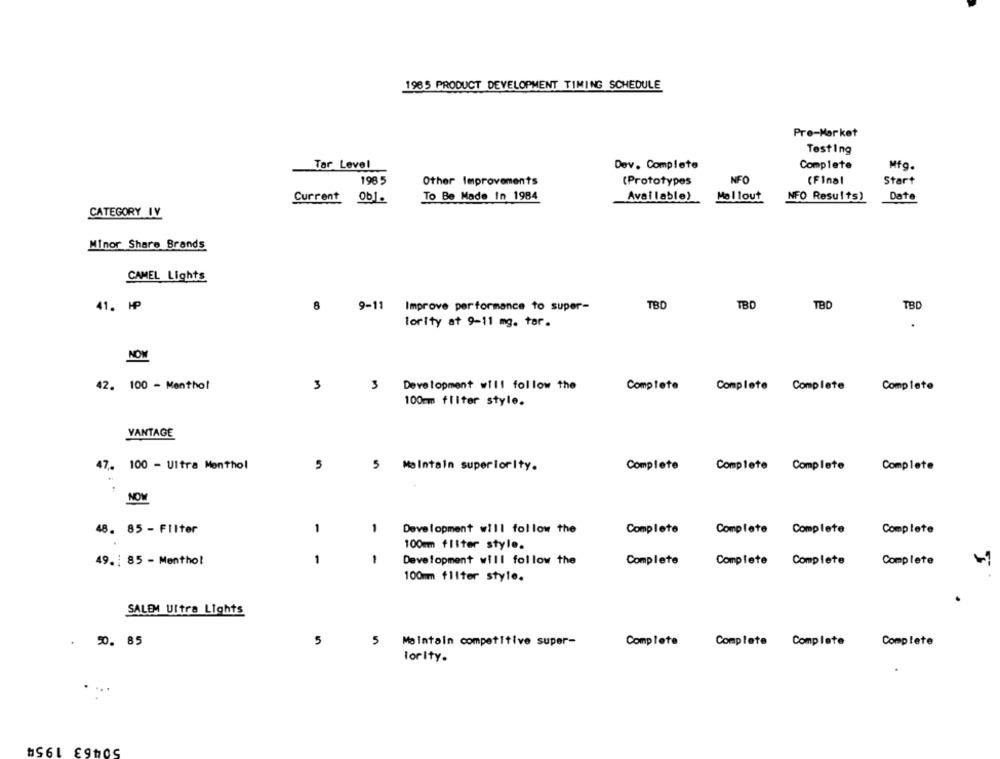
1985 PRODUCT DEVELOPMENT TIMING SCHEDULE
Pre-Market
Testing
Tar Level
Dev. Complete
Complete
Mfg.
198 5
Other Improvements
(Prototypes
NFO
(Final
Start
To Be Made In 1984
Available)
Mallout
NFO Results)
Date
Current Ob1.
CATEGORY IV
Minor Share Brands
CAMEL Lights
TBD
41. HP
8
9-11 Improve performance to super-
TBD
TBD
TBD
lority at 9-11 mg. tar.
NOW
42. 100 - Menthol
3
3
Development will follow the
Complete
Complete Complete
Complete
100mm fliter style.
VANTAGE
47. 100 - Ultra Menthol
5
Maintain superiority.
Complete
Complete Complete
Complete
NOW
48. 85 - Filter
1
-
Development will follow the
Complete
Complete Complete
Complete
100mm fliter style.
1
Development will follow the
Complete
Complete Complete
49. : 85 - Menthol
Complete
100mm filter style.
SALEM Ultra Lights
50. 85
5
5
Maintain competitive super-
Complete
Complete Complete
Complete
lorIty.
50463 1954